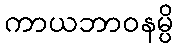
ကာယဘာဝနမ္ပိ